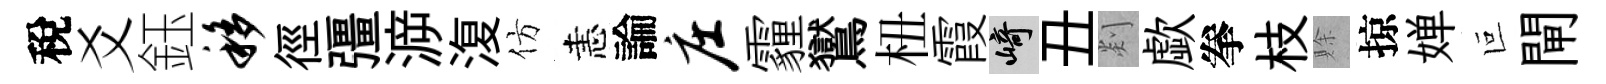
稅爻鈺移徑彊㴑𣸪仿恚論庄霾鸑杻霞崎丑剡歔拳枝賖掠婵叵閘